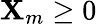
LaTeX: \mathbf{X}_{m}\geq0